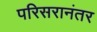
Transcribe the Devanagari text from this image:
परिसरानंतर